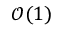
\mathcal { O } ( 1 )